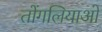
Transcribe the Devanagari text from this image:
तोंगलियाओ